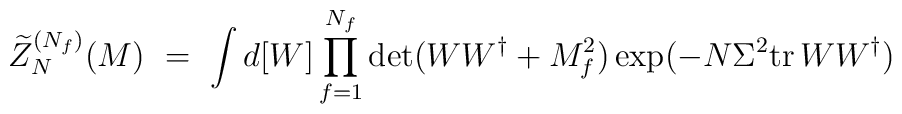
\widetilde{Z}_N^{(N_f)}(M) \ = \                \int d[W] \prod_{f=1}^{N_f}\det(WW^\dagger+M_f^2)                \exp(-N\Sigma^2{{\rm tr}\,} WW^\dagger)